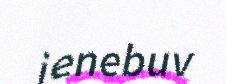
ienebuv